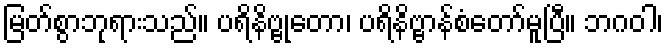
မြတ်စွာဘုရားသည်။ ပရိနိဗ္ဗုတော၊ ပရိနိဗ္ဗာန်စံတော်မူပြီ။ ဘဂဝါ၊